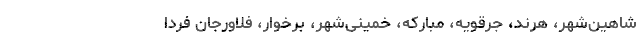
شاهین‌شهر، هرند، جرقویه، مبارکه، خمینی‌شهر، برخوار، فلاورجان فردا